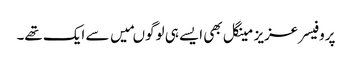
پروفیسر عزیز مینگل بھی ایسے ہی لوگوںمیں سے ایک تھے۔